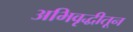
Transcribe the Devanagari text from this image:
अभिवृद्धीतून